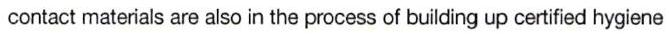
contact materials are also in the process of building up certified hygiene